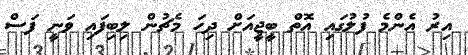
އިރު އެންމެ ފުލުގައި އޮތް ބީޖީއަށް ދިހަ މެޗުން ލިބިފައި ވަނީ ފަސް